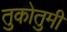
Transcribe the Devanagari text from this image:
तुकोतुमी